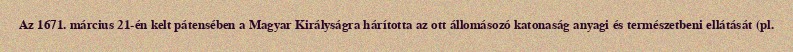
Az 1671. március 21-én kelt pátensében a Magyar Királyságra hárította az ott állomásozó katonaság anyagi és természetbeni ellátását (pl.